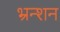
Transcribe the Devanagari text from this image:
भ्रन्शन